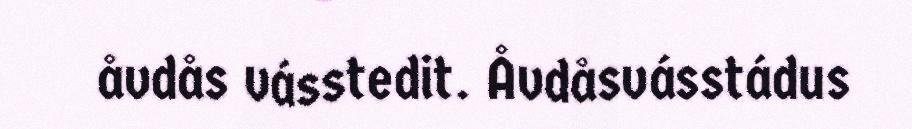
åvdås vásstedit. Åvdåsvásstádus